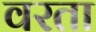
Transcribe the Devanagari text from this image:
वरता